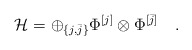
\begin{align*}{\mathcal H}=\oplus_{\{j,\bar j\}}\Phi^{[j]}\otimes\Phi^{[\bar j]}\quad .\end{align*}